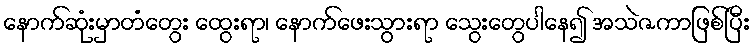
နောက်ဆုံးမှာတံတွေး ထွေးရာ၊ နောက်ဖေးသွားရာ သွေးတွေပါနေ၍ အသဲဇကာဖြစ်ပြီး